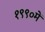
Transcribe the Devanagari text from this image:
१९९०में